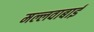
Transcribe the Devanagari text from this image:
मल्लवाबाई